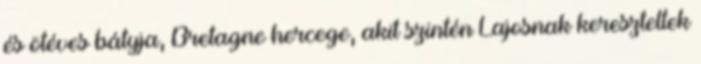
és ötéves bátyja, Bretagne hercege, akit szintén Lajosnak kereszteltek